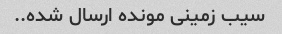
سیب زمینی مونده ارسال شده..